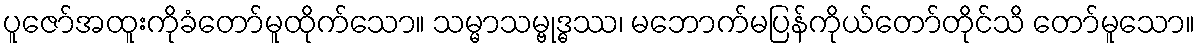
ပူဇော်အထူးကိုခံတော်မူထိုက်သော။ သမ္မာသမ္ဗုဒ္ဓဿ၊ မဘောက်မပြန်ကိုယ်တော်တိုင်သိ တော်မူသော။